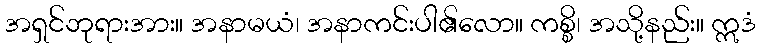
အရှင်ဘုရားအား။ အနာမယံ၊ အနာကင်းပါ၏လော။ ကစ္စိ၊ အသို့နည်း။ ဣဒံ